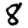
Digit: 8